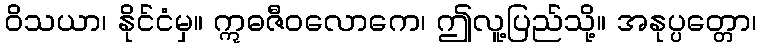
ဝိသယာ၊ နိုင်ငံမှ။ ဣဓဇီဝလောကေ၊ ဤလူ့ပြည်သို့။ အနုပ္ပတ္တော၊